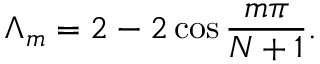
\Lambda _ { m } = 2 - 2 \cos \frac { m \pi } { N + 1 } .